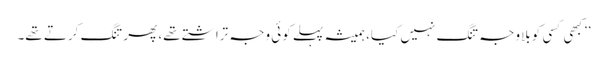
’’کبھی کسی کو بلاوجہ تنگ نہیں کیا، ہمیشہ پہلے کوئی وجہ تراشتے تھے، پھر تنگ کرتے تھے۔